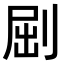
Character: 𠜾